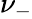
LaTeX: \nu_{-}